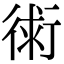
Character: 𧗷